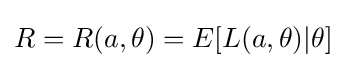
R=R(a,\theta )=E[L(a,\theta )|\theta ]